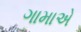
ગામાએ